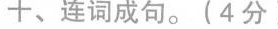
十、连词成句.